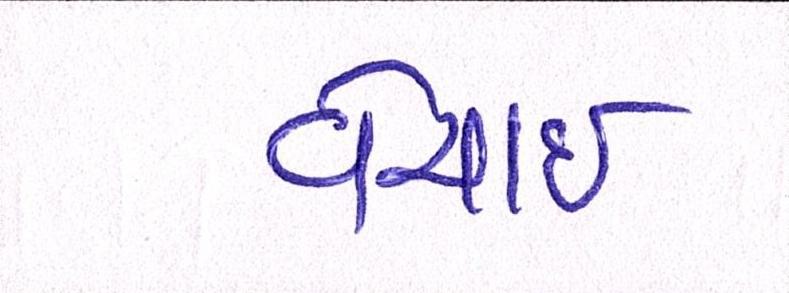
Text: વેચાઈ